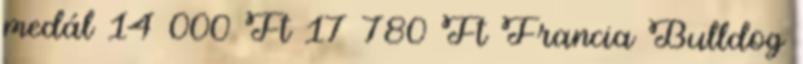
medál 14 000 Ft 17 780 Ft Francia Bulldog